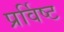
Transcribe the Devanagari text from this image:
प्रर्विष्ट